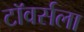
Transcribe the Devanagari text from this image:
टॉवर्सला